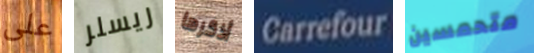
على ريسلر أذكرها Carrefour متحمسين